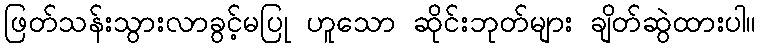
ဖြတ်သန်းသွားလာခွင့်မပြု ဟူသော ဆိုင်းဘုတ်များ ချိတ်ဆွဲထားပါ။